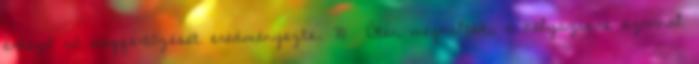
érkező nő megfertőzését eredményezte. 70 Öten meghaltak, a helyszínre azonnal